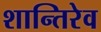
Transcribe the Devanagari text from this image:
शान्तिरेव